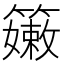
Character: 𥶄